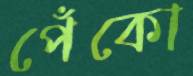
পেঁকো